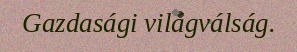
Gazdasági világválság.